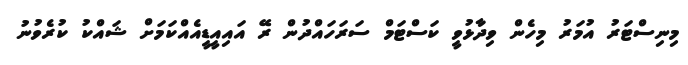
މިނިސްޓަރު އުމަރު މިހެން ވިދާޅުވީ ކަސްޓަމް ސަރަހައްދުން ރޭ އައިއީޑީއެއްކަމަށް ޝައްކު ކުރެވުނު